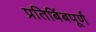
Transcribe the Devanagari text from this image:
प्रतिबिंबपूर्ण